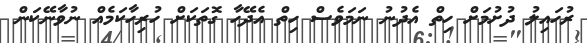
ރުހައިލު ދުށުމަށް ހިތް އެދުނު ނަމަވެސް ހިތް އެދޭހާ ގޮތަކަށް ހުރިހާކަމެއް ނުވާނޭކަން